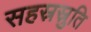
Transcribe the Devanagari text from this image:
सहस्रस्रुति